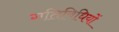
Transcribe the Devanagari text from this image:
गतिबिधियों